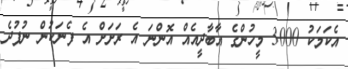
އެކަމަކު 3000 މީހުންގެ އާބާދީއެއް އޮންނަ އެ ރަށަށް އެ ފެނަކުން ނުފުދެ